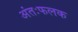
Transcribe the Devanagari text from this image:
अंतःफलक